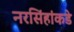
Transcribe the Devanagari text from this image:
नरसिंहांकडे